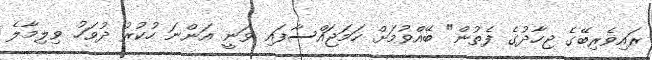
ރައިވެރިބޭގެ ޖިހާދުގެ ފެތުން" ބޭއްވުމަށް ހަމަޖައްސާފައި ވަނީ އަންނަ ހުކުރު ދުވަހު ވިލިމާލެ